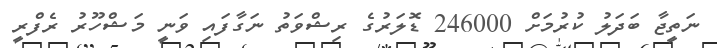
ނަތީޖާ ބަދަލު ކުރުމަށް 246000 ޑޮލަރުގެ ރިޝްވަތު ނަގާފައި ވަނީ މަޝްހޫރު ރެފްރީ